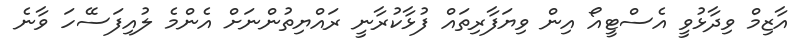
އާޒިމް ވިދާޅުވީ އެސްޓީއޯ އިން ވިޔަފާރިތައް ފުޅާކުރާނީ ރައްޔިތުންނަށް އެންމެ ލުއިފަސޭހަ ވާނެ